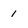
Character: 1